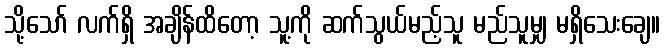
သို့သော် လက်ရှိ အချိန်ထိတော့ သူ့ကို ဆက်သွယ်မည့်သူ မည်သူမျှ မရှိသေးချေ။